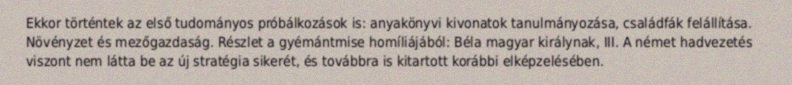
Ekkor történtek az első tudományos próbálkozások is: anyakönyvi kivonatok tanulmányozása, családfák felállítása. Növényzet és mezőgazdaság. Részlet a gyémántmise homíliájából: Béla magyar királynak, III. A német hadvezetés viszont nem látta be az új stratégia sikerét, és továbbra is kitartott korábbi elképzelésében.